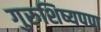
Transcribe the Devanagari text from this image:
गुरुशिष्यपण